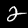
Label: 2